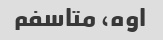
اوه، متاسفم